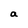
Character: a